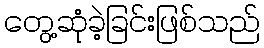
တွေ့ဆုံခဲ့ခြင်းဖြစ်သည်